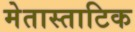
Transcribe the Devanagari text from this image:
मेतास्ताटिक